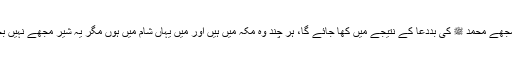
یہ شیر مجھے محمد ﷺ کی بددعا کے نتیجے میں کھا جائے گا، ہر چند وہ مکہ میں ہیں اور میں یہاں شام میں ہوں مگر یہ شیر مجھے نہیں بخشے گا۔